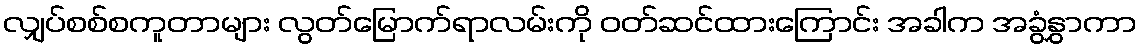
လျှပ်စစ်စကူတာများ လွတ်မြောက်ရာလမ်းကို ၀တ်ဆင်ထားကြောင်း အခါက အခွံနွှာကာ